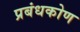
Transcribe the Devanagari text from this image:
प्रबंधकोण